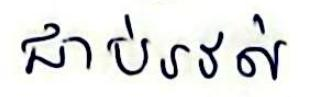
ជាប់រវល់